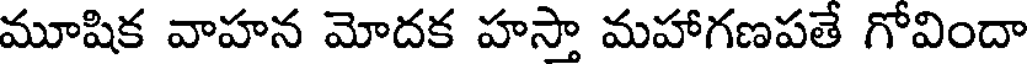
మూషిక వాహన మోదక హస్తా మహాగణపతే గోవిందా